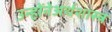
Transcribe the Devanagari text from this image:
उन्होंनेअर्थशास्त्र